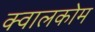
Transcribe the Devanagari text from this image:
क्वालकोम